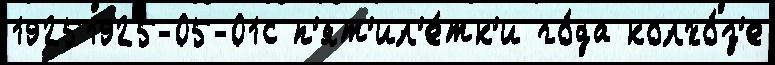
19251925-05-01с п'ят'ил'е́тк'и го́да колхо́з'е